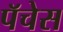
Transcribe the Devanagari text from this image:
पॅचेस